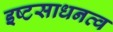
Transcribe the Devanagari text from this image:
इष्टसाधनत्व